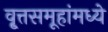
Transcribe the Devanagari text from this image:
वृ्त्तसमूहांमध्ये